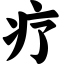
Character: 疗